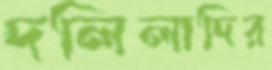
দলিলাদির